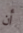
أن